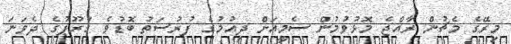
މިރޭގެ މެޗުން ރާއްޖެ މޮޅުވުމުން ސެމީއަށް ދިއުމުގެ ފުރުސަތު ބޮޑުވެ ގުރޫޕުގެ ދެވަނަ